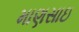
માણસાઇ